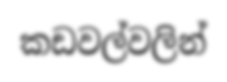
කඩවල්වලින්